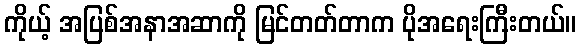
ကိုယ့် အပြစ်အနာအဆာကို မြင်တတ်တာက ပိုအရေးကြီးတယ်။